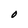
Character: O